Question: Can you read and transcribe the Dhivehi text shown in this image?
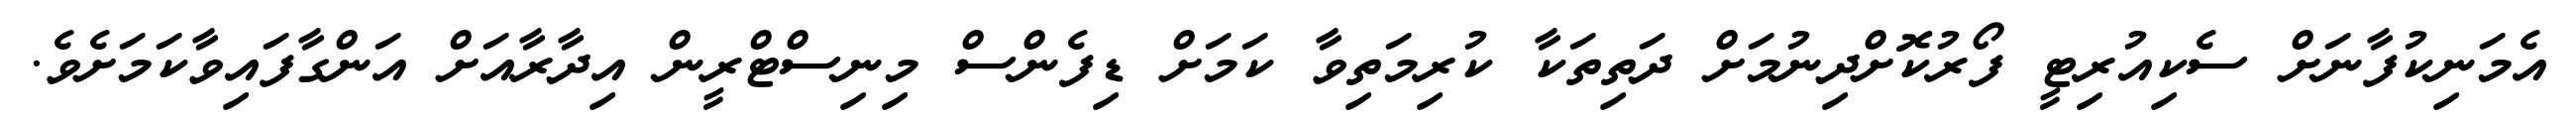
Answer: އެމަނިކުފާނަށް ސެކިއުރިޓީ ފޯރުކޮށްދިނުމަށް ދަތިތަކާ ކުރިމަތިވާ ކަމަށް ޑިފެންސް މިނިސްޓްރީން އިދާރާއަށް އަންގާފައިވާކަމަށެވެ.